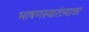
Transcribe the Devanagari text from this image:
भाषणस्वातंत्र्यावर